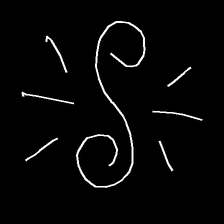
Glyph: wind-directs-air